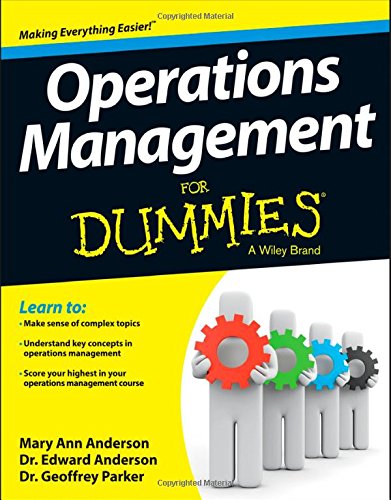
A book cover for Operations Management For Dummies; Mary Ann Anderson MSE; Business & Money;